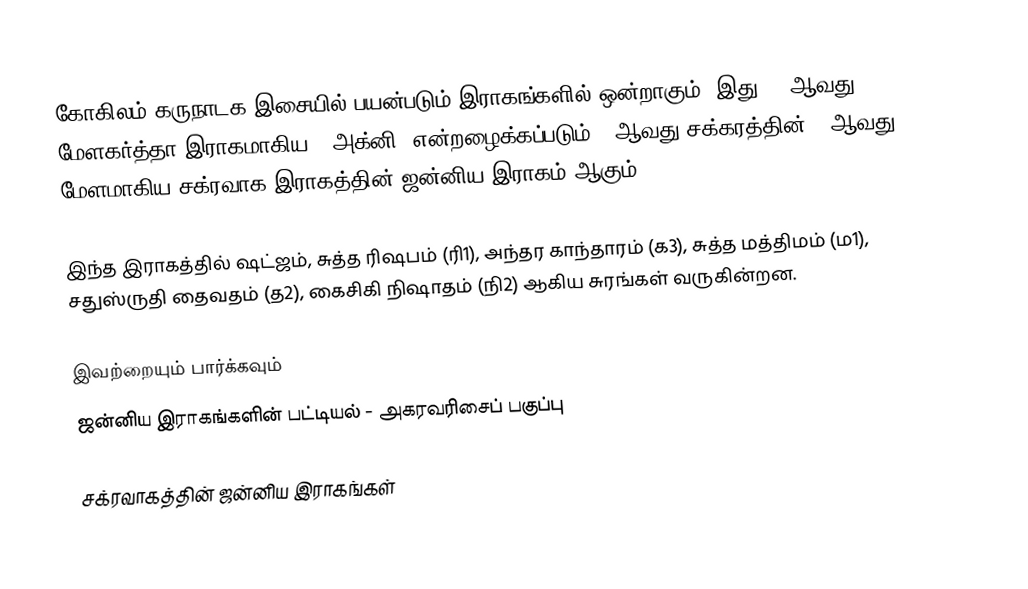
கோகிலம் கருநாடக இசையில் பயன்படும் இராகங்களில் ஒன்றாகும். இது 16 ஆவது மேளகர்த்தா இராகமாகிய, "அக்னி" என்றழைக்கப்படும் 3 ஆவது சக்கரத்தின் 4 ஆவது மேளமாகிய சக்ரவாக இராகத்தின் ஜன்னிய இராகம் ஆகும்.

இந்த இராகத்தில் ஷட்ஜம், சுத்த ரிஷபம் (ரி1),  அந்தர காந்தாரம் (க3), சுத்த மத்திமம் (ம1), சதுஸ்ருதி தைவதம் (த2), கைசிகி நிஷாதம்  (நி2) ஆகிய சுரங்கள் வருகின்றன.

இவற்றையும் பார்க்கவும்
 ஜன்னிய இராகங்களின் பட்டியல் - அகரவரிசைப் பகுப்பு

சக்ரவாகத்தின் ஜன்னிய இராகங்கள்